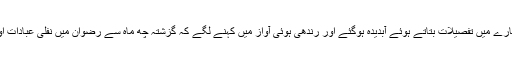
رضوان کے استاد محمد حامد الازہری اس کے بارے میں تفصیلات بتاتے ہوئے آبدیدہ ہوگئے اور رندھی ہوئی آواز میں کہنے لگے کہ گزشتہ چھ ماہ سے رضوان میں نفلی عبادات اور وظائف و اَذکار کی رغبت بہت بڑھ گئی تھی۔